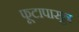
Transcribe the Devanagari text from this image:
फूटापासून